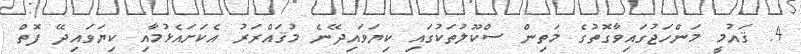
4. ޤައުމީ މަންހަޖުގައިވާގޮތުގެ މަތިން ސްކޫލުތަކުގައި ކިޔަވައިދޭނެ މުޤައްރަރު އެކަށައެޅުމާއި ކިޔަވައިދޭ ފޮތް